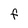
Character: F